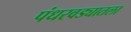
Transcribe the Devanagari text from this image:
पंधरवड्यातला